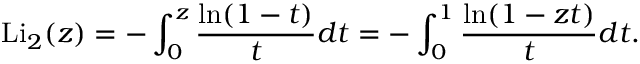
\operatorname { L i } _ { 2 } ( z ) = - \int _ { 0 } ^ { z } { \frac { \ln ( 1 - t ) } { t } } d t = - \int _ { 0 } ^ { 1 } { \frac { \ln ( 1 - z t ) } { t } } d t .